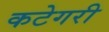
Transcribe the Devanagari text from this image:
कटेगरी